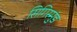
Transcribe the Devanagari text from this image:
सिगिस्मुंड